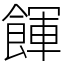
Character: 餫